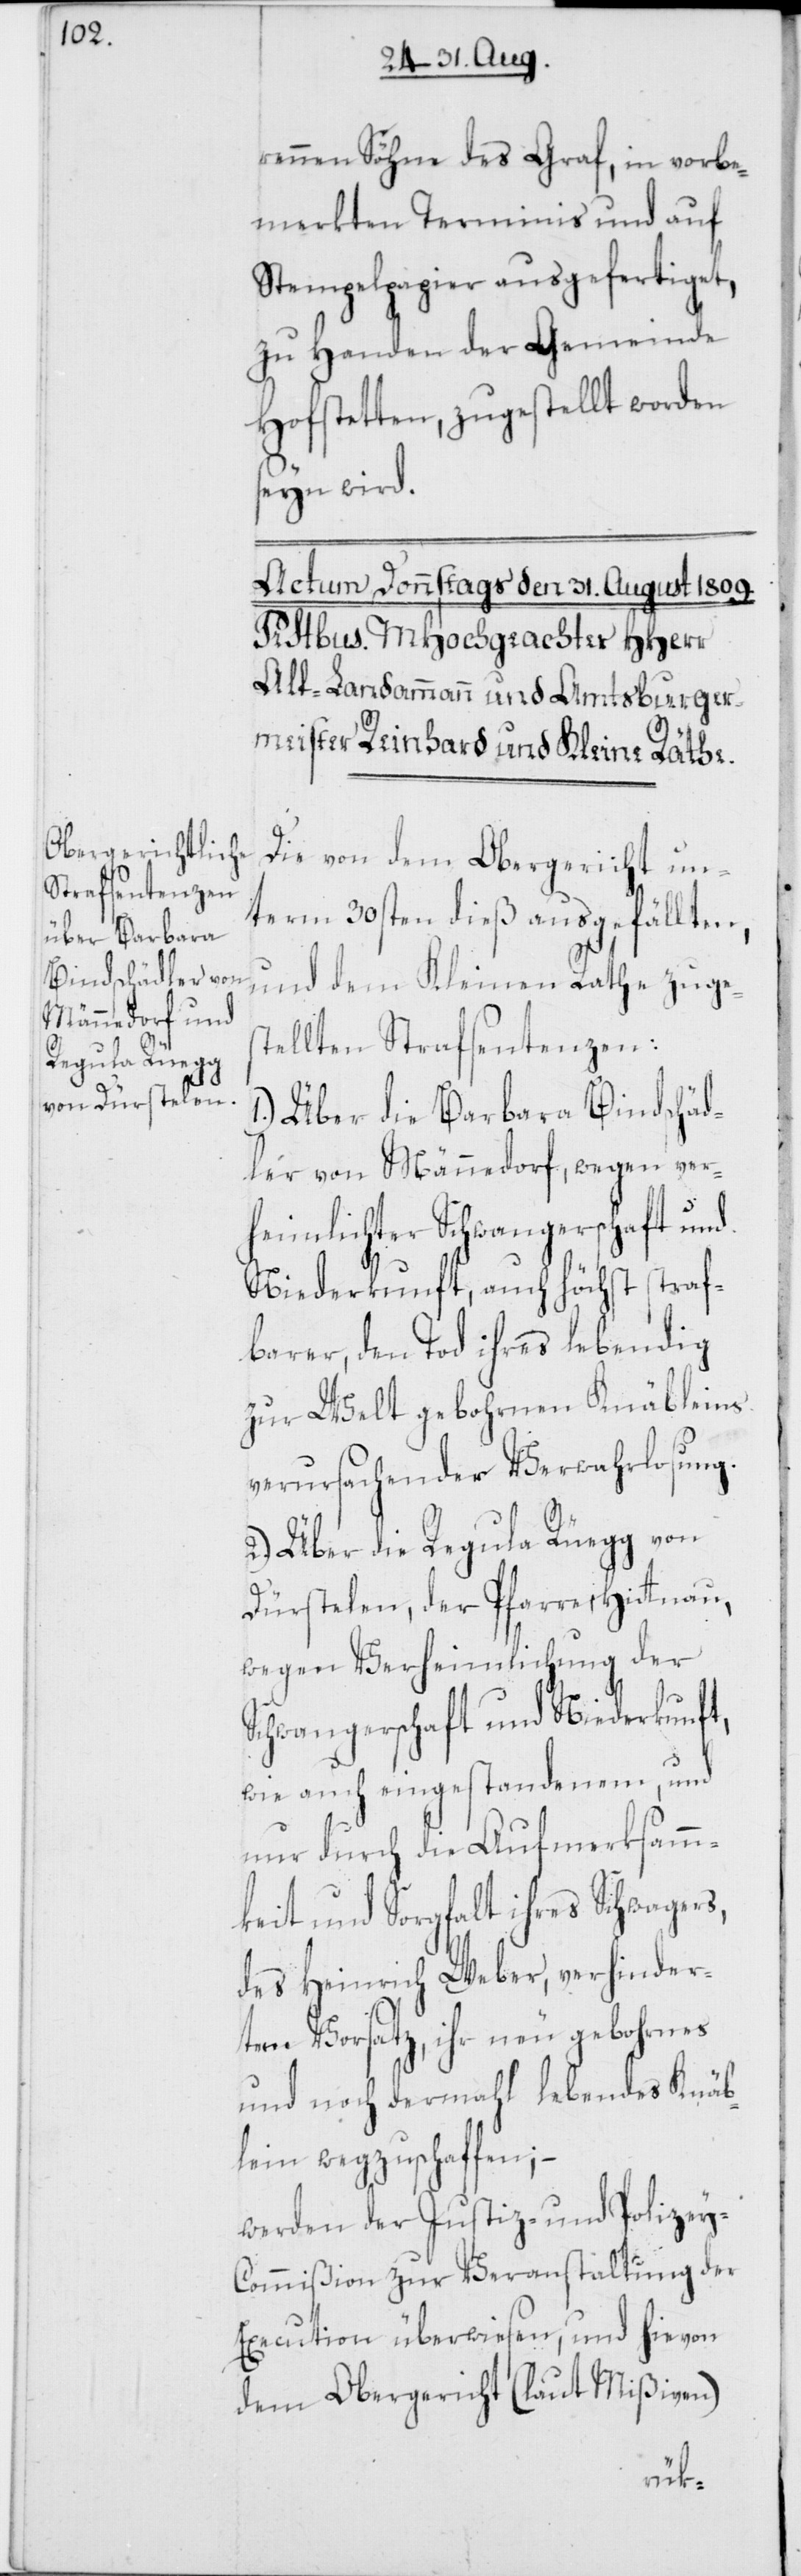
rennen Söhne des Graf, in vorbe¬
merkten Terminis und auf
Stempelpapier ausgefertiget,
zu Handen der Gemeinde
Hofstetten, zugestellt worden
seyn wird.
Die von dem Obergericht un¬
term 30sten dieß ausgefällten,
und dem Kleinen Rathe zuges¬
tellten Strafsentenzen:
1.) Über die Barbara Bindschäd¬
ler von Männedorf, wegen ver¬
heimlichter Schwangerschaft und
Niederkunft, auch höchst straf¬
barer, den Tod ihres lebendig
zur Welt gebohrnen Knäbleins
verursachender Verwahrlosung.
2.) Über die Regula Rüegg von
Dürstelen, der Pfarre Hittnau,
wegen Verheimlichung der
Schwangerschaft und Niederkunft,
wie auch eingestandenem, und
nur durch die Aufmerksamm¬
keit und Sorgfalt ihres Schwagers,
des Heinrich Weber, verhinder¬
etem Vorsatz, ihr neu gebohrnes
und noch dermahl lebendes Knäb¬
lein wegzuschaffen; –
werden der Justiz- und Polizey-C¬
ommißion zur Veranstaltung der
Execution überwiesen, und hievon
dem Obergericht (laut Mißiven)